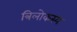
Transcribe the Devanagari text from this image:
त्रिलोकस्य